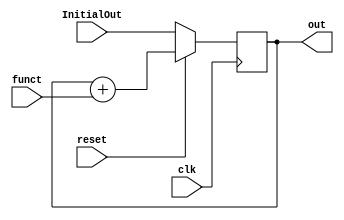
//in the top-level module ///////////////////


// clock divider to slow system down for testing
//reg [4:0] count;
//// analog update divided clock
//always @ (posedge CLOCK_50) 
//begin
//        count <= count + 1; 
//end	
//assign AnalogClock = (count==0);		
    
/////////////////////////////////////////////////
//// integrator /////////////////////////////////
/////////////////////////////////////////////////

module integrator(out,funct,InitialOut,clk,reset);
	output signed [26:0] out; 		//the state variable V
	input signed [26:0] funct;      //the dV/dt function
	input clk, reset;
	input signed [26:0] InitialOut;  //the initial state variable V
	
	wire signed	[26:0] out, v1new ;
	reg signed	[26:0] v1 ;
	
	always @ (posedge clk) 
	begin
		if (reset==0) //reset	
			v1 <= InitialOut ; // 
		else 
			v1 <= v1new ;	
	end
	assign v1new = v1 + funct ;
	assign out = v1 ;
endmodule

//////////////////////////////////////////////////
//// signed mult of 7.20 format 2'comp////////////
//////////////////////////////////////////////////

module signed_mult (out, a, b);
	output 	signed  [26:0]	out;
	input 	signed	[26:0] 	a;
	input 	signed	[26:0] 	b;
	// intermediate full bit length
	wire 	signed	[53:0]	mult_out;
	assign mult_out = a * b;
	// select bits for 7.20 fixed point
	assign out = {mult_out[53], mult_out[45:20]};
endmodule
//////////////////////////////////////////////////